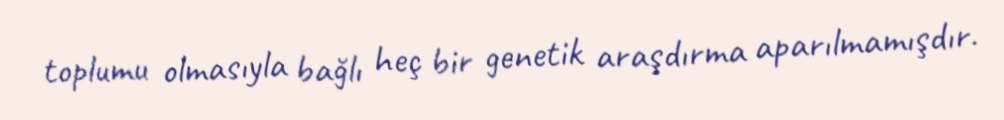
toplumu olmasıyla bağlı heç bir genetik araşdırma aparılmamışdır.